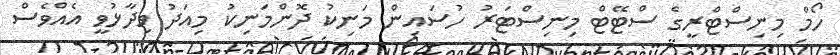
ހޯމް މިނިސްޓްރީގެ ސްޓޭޓް މިނިސްޓަރު ހުސައިން މަނިކު ދޮންމަނިކު މިއަދު ވިދާޅުވީ އެއްވެސް